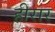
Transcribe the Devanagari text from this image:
हीरार